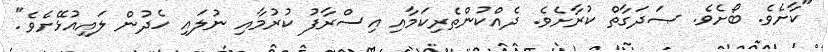
"ކާށެވެ. ބޯށެވެ. ޞަދަގާތް ކުރާށެވެ. ދެއްކުންތެރިކަމާއި އިސްރާފު ކުރުމާއި ނުލައި ހެދުން ލައިއުޅޭށެވެ".